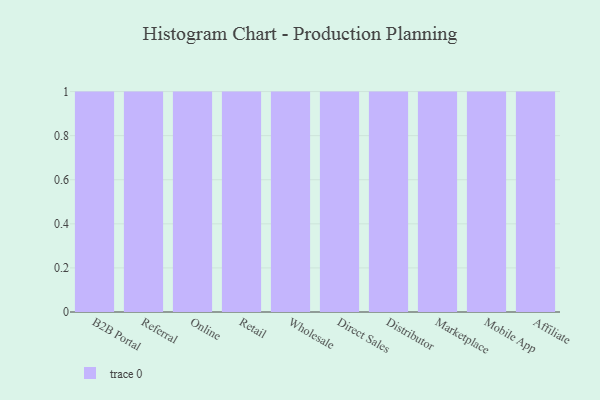
{"axis": {"x": "Channel", "y": "Conversion Rate (%)"}, "legend": [""], "data": [{"x": "B2B Portal", "y": 57, "type": ""}, {"x": "Referral", "y": 64, "type": ""}, {"x": "Online", "y": 96, "type": ""}, {"x": "Retail", "y": 49, "type": ""}, {"x": "Wholesale", "y": 46, "type": ""}, {"x": "Direct Sales", "y": 91, "type": ""}, {"x": "Distributor", "y": 21, "type": ""}, {"x": "Marketplace", "y": 27, "type": ""}, {"x": "Mobile App", "y": 43, "type": ""}, {"x": "Affiliate", "y": 66, "type": ""}]}